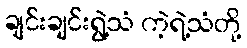
ချင်းချင်းရွဲ့သံ ကဲ့ရဲ့သံတို့